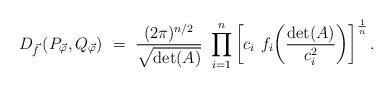
LaTeX: \begin{align*}D_{\vec f} \left(P_{\vec \varphi} , Q_{\vec \varphi} \right)\ = \ \frac{(2 \pi)^{n/2}}{\sqrt{\det (A)}} \ \prod_{i=1}^{n} \left[ c_i\ f_i \bigg( \frac{ \det (A)}{c_i^2} \bigg) \right]^{\frac{1}{n}}.\end{align*}